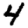
Digit: 4